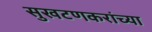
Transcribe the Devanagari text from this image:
सुखटणकरांच्या